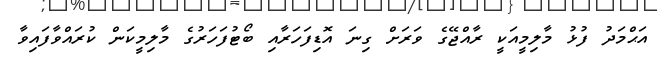
އަޙްމަދު ފުޅު މާލިމީއަކީ ރާއްޖޭގެ ވަރަށް ގިނަ އޮޑިފަހަރާއި ބޯޓުފަހަރުގެ މާލިމީކަން ކުރައްވާފައިވާ